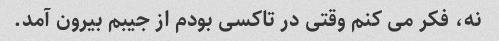
نه، فکر می کنم وقتی در تاکسی بودم از جیبم بیرون آمد.